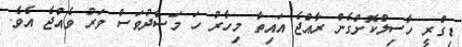
ޑިގްރީ ހާސިލްކޮށްގެން ރާއްޖެ އައިތާ މިހާރު ހަ މަސްދުވަސް ވަރު ވެއްޖެ އެވެ.